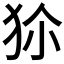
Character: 𤝝